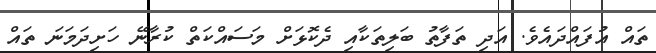
ތައް އުފައްދައެވެ. އަދި ތަފާތު ބަލިތަކާއި ދެކޮޅަށް މަސައްކަތް ކުރާނޭ ހަށިދަމަނަ ތައް